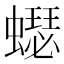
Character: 𧒓